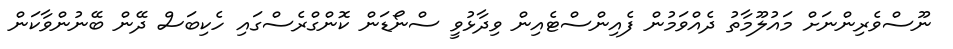
ނޫސްވެރިންނަށް މައުލޫމާތު ދެއްވަމުން ފެއިންސްޓެއިން ވިދާޅުވީ ސްނޯޑަން ކޮންގްރެސްގައި ހެކިބަސް ދޭން ބޭނުންވާކަން